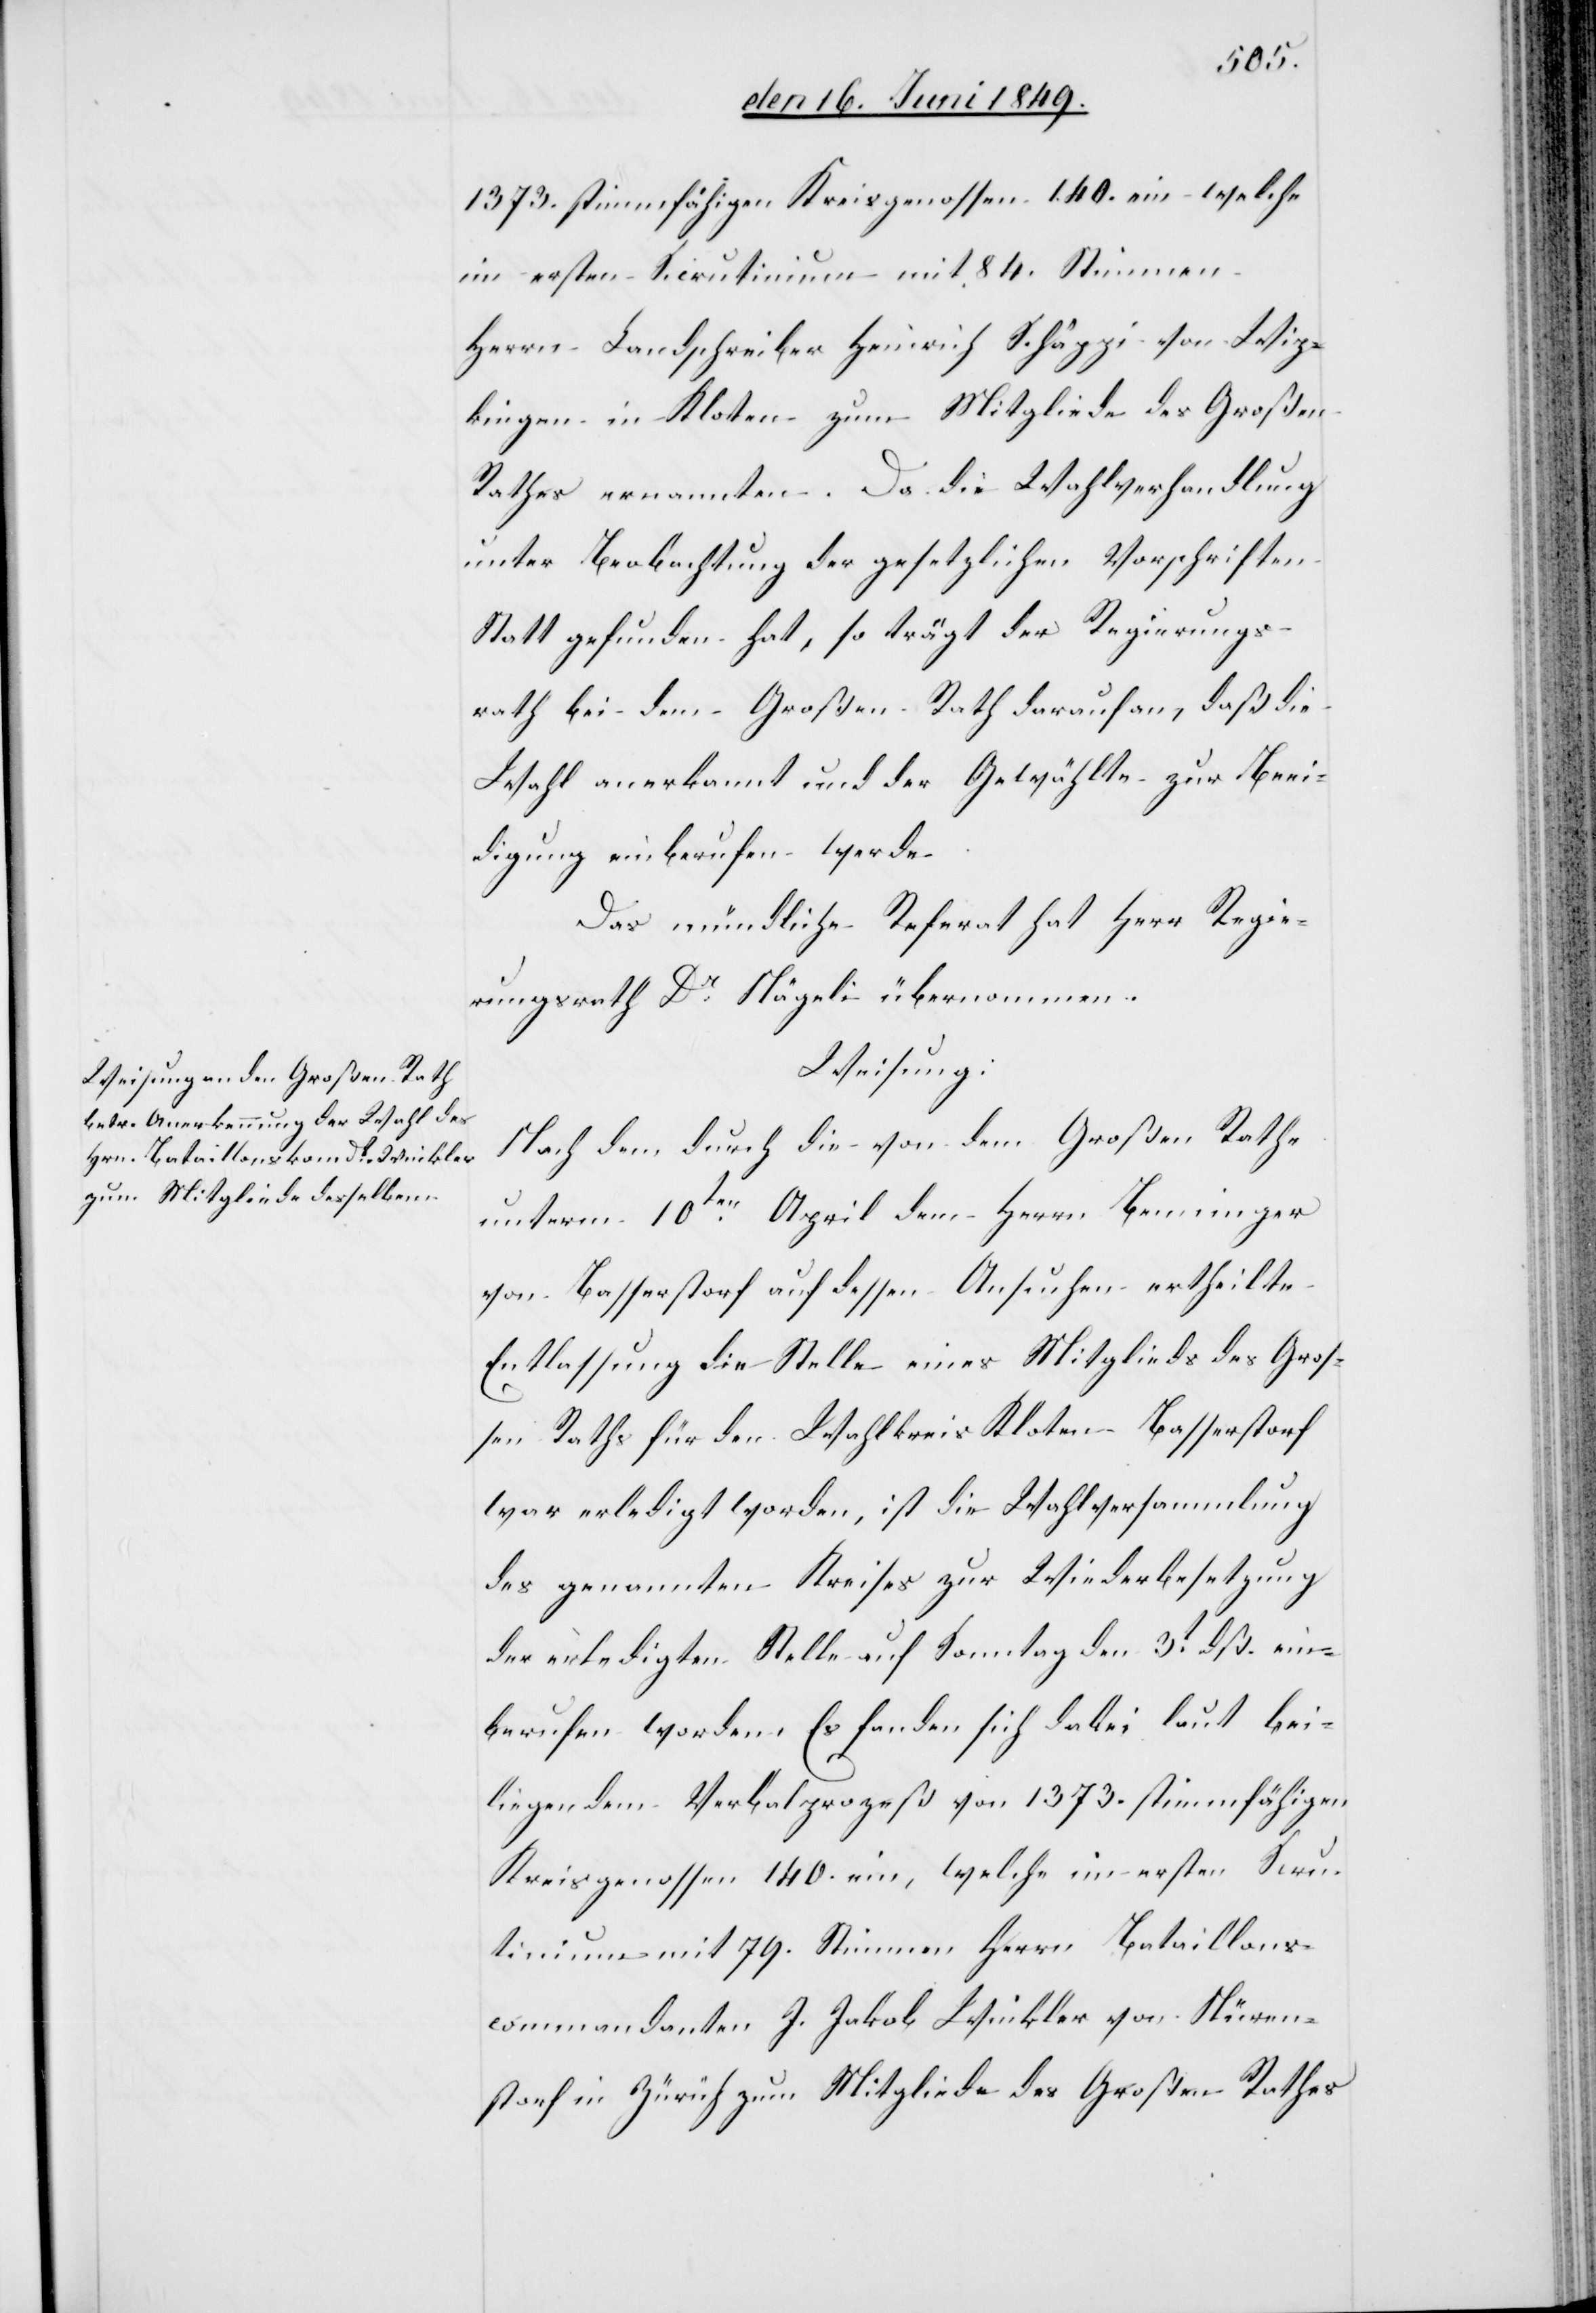
1373. stimmfähigen Kreisgenossen 140. ein welche
im ersten Scrutinium mit 84. Stimmen
Herrn Landschreiber Heinrich Schäppi von Wip¬
kingen in Kloten zum Mitgliede des Großen
Rathes ernannten. Da die Wahlverhandlung
unter Beobachtung der gesetzlichen Vorschriften
Statt gefunden hat, so trägt der Regierungs¬
rath bei dem Großen Rath darauf an, daß die
Wahl anerkannt und der Gewählte zur Beei¬
digung einberufen werde.
Das mündliche Referat hat Herr Regie¬
rungsrath Dr Nägeli übernommen.
Weisung:
Nach dem durch die von dem Großen Rathe
unterm 10ten April dem Herrn Berninger
von Basserstorf auf dessen Ansuchen ertheilte
Entlassung die Stelle eines Mitglieds des Gros¬
sen Raths für den Wahlkreis Kloten Basserstorf
war erledigt worden, ist die Wahlversammlung
des genannten Kreises zur Wiederbesetzung
der erledigten Stelle auf Sonntag den 3t dß. ein¬
berufen worden. Es fanden sich dabei laut bei¬
liegendem Verbalprozeß von 1373. stimmfähigen
Kreisgenossen 140. ein, welche im ersten Scru¬
tinium mit 79. Stimmen Herrn Bataillons¬
commandanten J. Jakob Winkler von Nüren¬
storf in Zürich zum Mitgliede des Großen Rathes